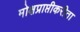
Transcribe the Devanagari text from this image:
मोक्षप्राप्तीकरीता